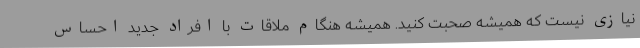
نیازی نیست که همیشه صحبت کنید. همیشه هنگام ملاقات با افراد جدید احساس